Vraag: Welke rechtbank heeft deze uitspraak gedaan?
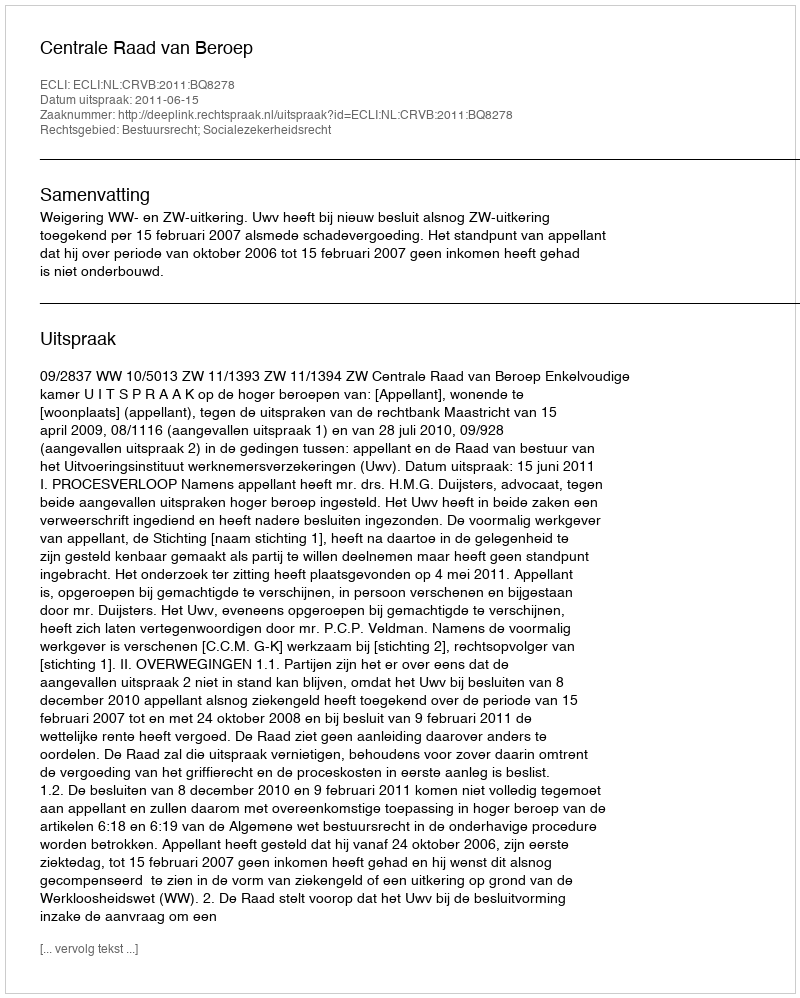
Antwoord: Centrale Raad van Beroep